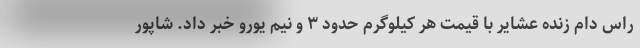
راس دام زنده عشایر با قیمت هر کیلوگرم حدود ۳ و نیم یورو خبر داد. شاپور